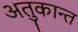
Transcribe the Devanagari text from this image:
अतुकान्त